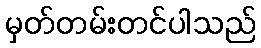
မှတ်တမ်းတင်ပါသည်